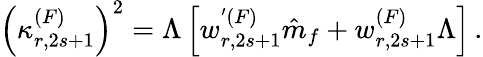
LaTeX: \left(\kappa_{r,2s+1}^{(F)}\right)^{2}=\Lambda\left[w_{r,2s+1}^{'(F)}\hat{m}_{f}+w_{r,2s+1}^{(F)}\Lambda\right]\, .